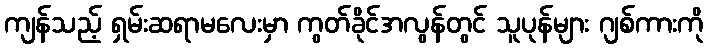
ကျန်သည့် ရှမ်းဆရာမလေးမှာ ကွတ်ခိုင်အလွန်တွင် သူပုန်များ ဂျစ်ကားကို